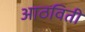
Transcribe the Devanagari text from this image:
आठविती